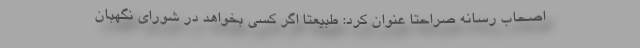
اصحاب رسانه صراحتا عنوان کرد: طبیعتا اگر کسی بخواهد در شورای نگهبان